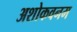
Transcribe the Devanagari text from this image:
अशोकवनम